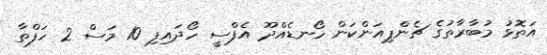
އަތޮޅު މުބާރާތުގެ ޗެންޕިއަންކަން ހޯނޑެއްދޫ އެފްސީ ހޯދައިފި 10 މަސް 2 ހަފްތާ